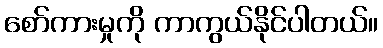
စော်ကားမှုကို ကာကွယ်နိုင်ပါတယ်။